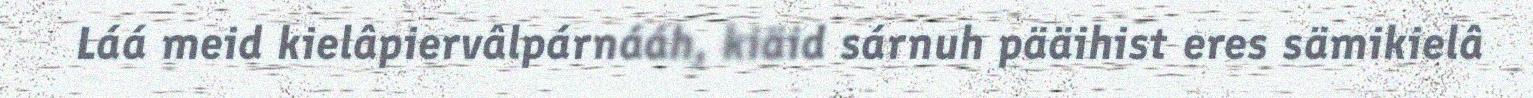
Láá meid kielâpiervâlpárnááh, kiäid sárnuh pääihist eres sämikielâ